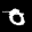
Label: 0